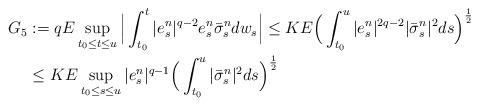
LaTeX: \begin{align*}G_5 & := qE\sup_{t_0 \leq t \leq u}\Big|\int_{t_0}^{t} |e_s^n|^{q-2} e_s^n \bar \sigma_s^n dw_s\Big| \leq K E\Big(\int_{t_0}^{u} |e_s^n|^{2q-2}|\bar \sigma_s^n|^2 ds\Big)^\frac{1}{2}\\& \leq K E\sup_{t_0 \leq s \leq u}|e_s^n|^{q-1}\Big(\int_{t_0}^{u} |\bar \sigma_s^n|^2 ds\Big)^\frac{1}{2}\end{align*}